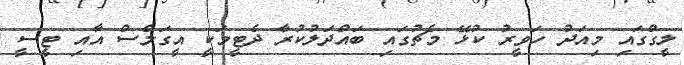
ލީގްގައި މިއަދު ހަވީރު ކުޅޭ މެޗުގައި ބައްދަލުކުރާ ދެޓީމަކީ އީގަލްސް އާއި ޓީސީ